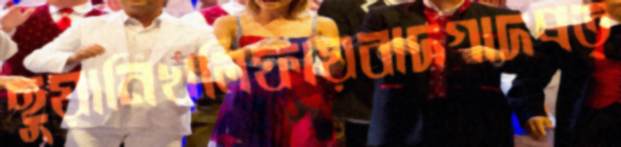
ছুয়ানিখলিফায়বাদগাদপ্রত্